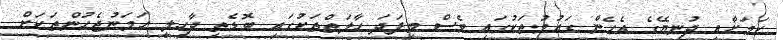
ކަމަށާއި ދުނިޔޭގެ އެހެން ގައުމުތަކުގައި ވެސް މިފަދަ ހާލަތްތަކުގައި ބޮޑެތި ދާހިލީ ހަމަނުޖެހުންތަކަށް